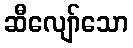
ဆီလျော်သော